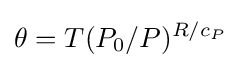
\theta =T(P_{0}/P)^{R/c_{P}}